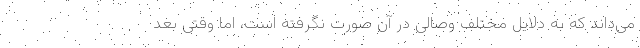
می‌داند که به دلایل مختلف وصالی در آن صورت نگرفته است، اما وقتی بعد